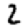
Digit: 2